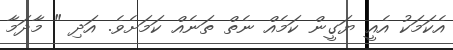
އެކަމަކު އެއީ ޔަގީން ކަމެއް ނެތް ތަނެއް ކަމަށެވެ. އަދި " މާދަމާ